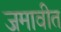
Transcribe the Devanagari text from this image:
जमावीत